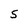
Character: 5